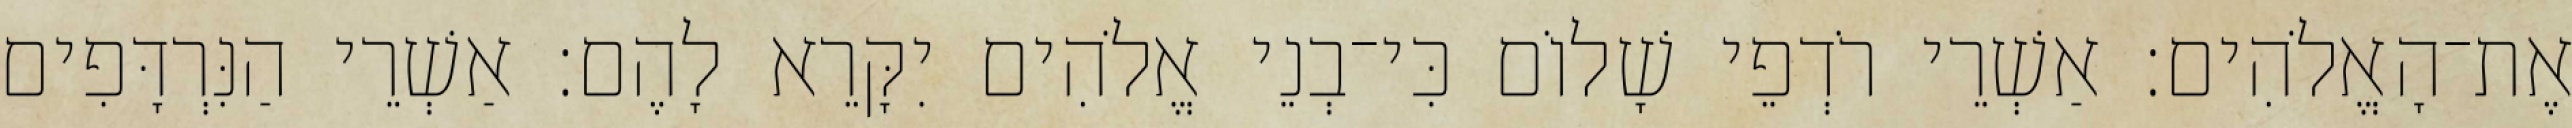
אֶת־הָאֱלֹהִים׃ אַשְׁרֵי רֹדְפֵי שָׁלוֹם כִּי־בְנֵי אֱלֹהִים יִקָּרֵא לָהֶם׃ אַשְׁרֵי הַנִּרְדָּפִים